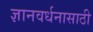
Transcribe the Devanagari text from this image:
ज्ञानवर्धनासाठी